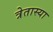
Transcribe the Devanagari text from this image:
त्रेतास्या